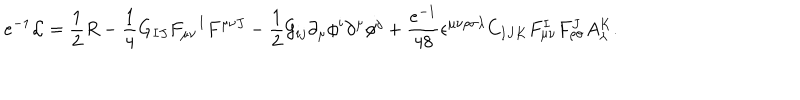
e ^ { - 1 } \mathcal { L } = \frac { 1 } { 2 } R - { \frac { 1 } { 4 } } G _ { I J } F _ { \mu \nu } { } ^ { I } F ^ { \mu \nu J } - \frac { 1 } { 2 } \mathcal { G } _ { i j } \partial _ { \mu } \phi ^ { i } \partial ^ { \mu } \phi ^ { j } + { \frac { e ^ { - 1 } } { 4 8 } } \epsilon ^ { \mu \nu \rho \sigma \lambda } C _ { I J K } F _ { \mu \nu } ^ { I } F _ { \rho \sigma } ^ { J } A _ { \lambda } ^ { K } .